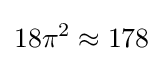
18\pi ^{2}\approx 178